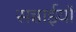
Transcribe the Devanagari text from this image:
सच्चाईयों